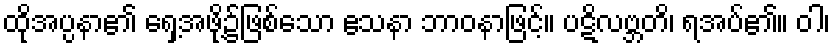
ထိုအပ္ပနာ၏ ရှေ့အဖို့၌ဖြစ်သော ဧသနာ ဘာဝနာဖြင့်။ ပဋိလဗ္ဘတိ၊ ရအပ်၏။ ဝါ၊